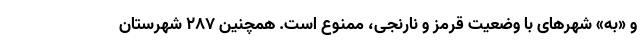
و «به» شهرهای با وضعیت قرمز و نارنجی، ممنوع است. همچنین ۲۸۷ شهرستان